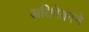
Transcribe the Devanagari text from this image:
अतिरेकाने